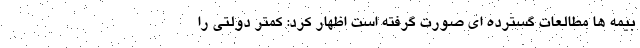
بیمه ها مطالعات گسترده ای صورت گرفته است اظهار کرد: کمتر دولتی را